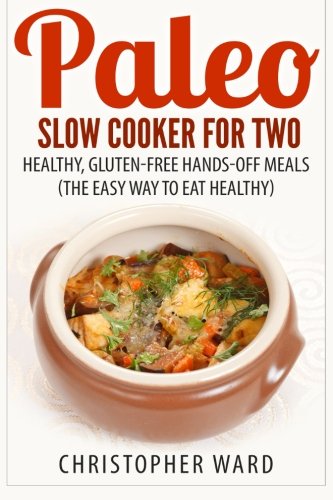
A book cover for Paleo Slow Cooker for Two: Healthy, Gluten-Free Hands-Off Meals (The Easy Way To Eat Healthy); Christopher Ward; Cookbooks, Food & Wine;